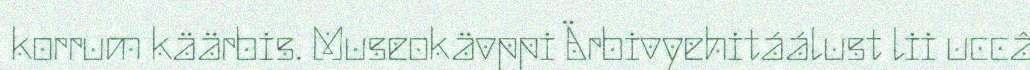
korrum käärbis. Museokävppi Ärbivyehitáálust lii uccâ